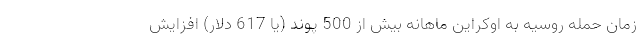
زمان حمله روسیه به اوکراین ماهانه بیش از 500 پوند (یا 617 دلار) افزایش